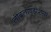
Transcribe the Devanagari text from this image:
लीब्रलायझेशन्स